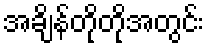
အချိန်တိုတိုအတွင်း